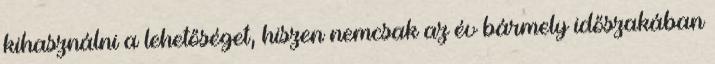
kihasználni a lehetőséget, hiszen nemcsak az év bármely időszakában